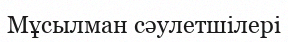
Мұсылман сәулетшілері